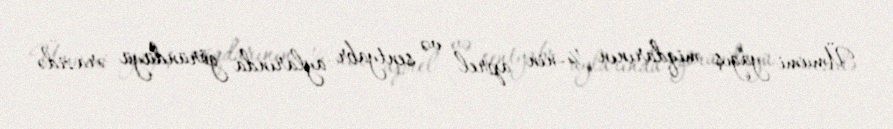
Ümumi yağış miqdarının ¼-nin aprel və sentyabr aylarında göründüyü ərazidə